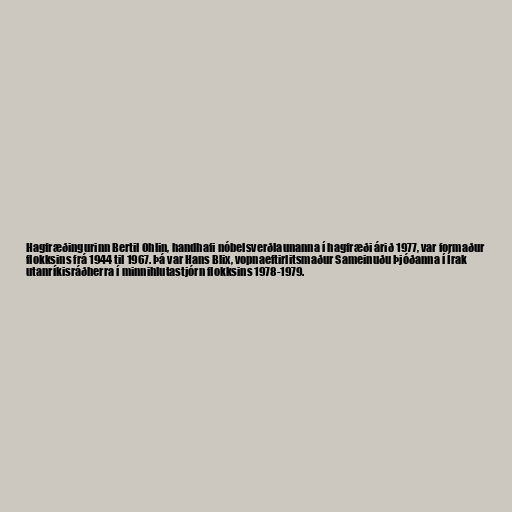
Hagfræðingurinn Bertil Ohlin, handhafi nóbelsverðlaunanna í hagfræði árið 1977, var formaður
flokksins frá 1944 til 1967. Þá var Hans Blix, vopnaeftirlitsmaður Sameinuðu Þjóðanna í Írak
utanríkisráðherra í minnihlutastjórn flokksins 1978-1979.